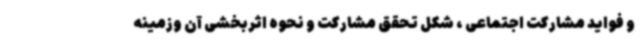
و فواید مشارکت اجتماعی ، شکل تحقق مشارکت و نحوه اثربخشی آن وزمینه